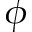
\phi